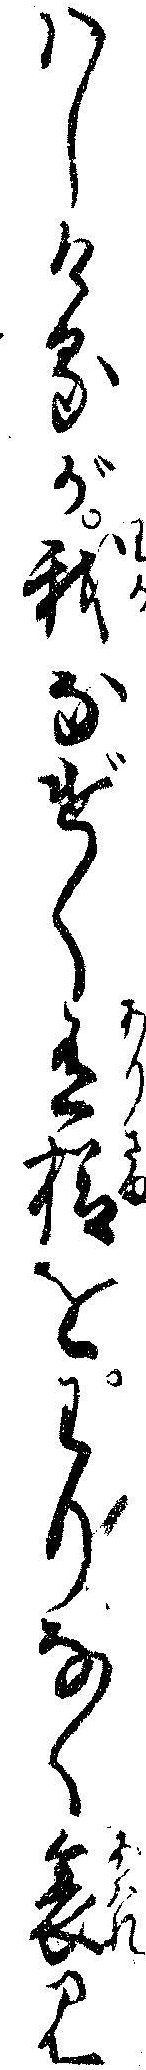
ハしけるが我なげく有様をわりなく哀み